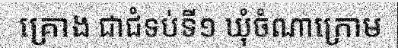
គ្រោង ជាជំទប់ទី១ ឃុំចំណាក្រោម